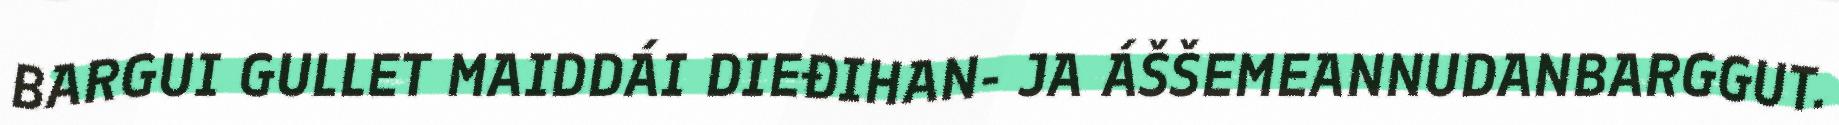
BARGUI GULLET MAIDDÁI DIEĐIHAN- JA ÁŠŠEMEANNUDANBARGGUT.